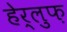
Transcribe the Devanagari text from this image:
हेर्लुफ़